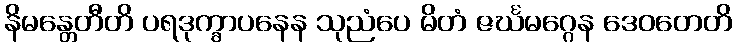
နိမန္တေတီတိ ပရဒုက္ခာပနေန သုညံပေ မိတံ ဇင်္ဃမဂ္ဂေန ဒေဝတေတိ